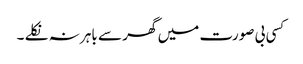
کسی بی صورت میں گھر سے باہر نہ نکلے ۔